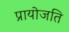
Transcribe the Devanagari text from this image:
प्रायोजति